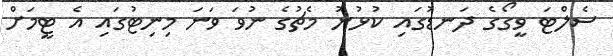
ސެލްޓަ ވީގޯގެ ދަނޑުގައި ކުޅުނު މެޗުގެ ނުވަ ވަނަ މިނިޓުގައި އެ ޓީމަށް